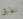
نطاق